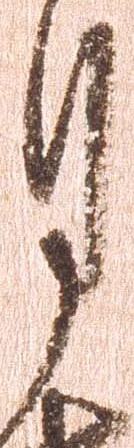
月